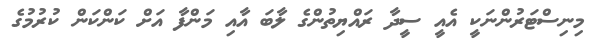
މިނިސްޓަރުންނަކީ އެއީ ސީދާ ރައްޔިތުންގެ ލާބަ އާއި މަންފާ އަށް ކަންކަން ކުރުމުގެ